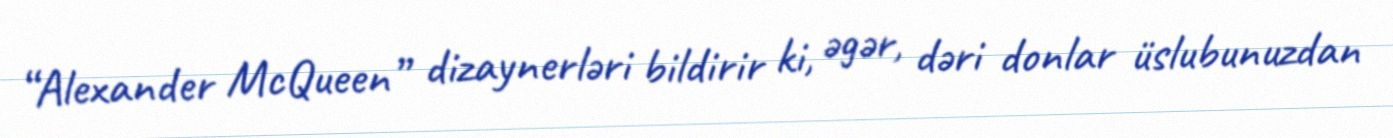
“Alexander McQueen” dizaynerləri bildirir ki, əgər, dəri donlar üslubunuzdan